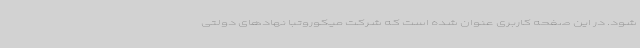
شود. در این صفحه کاربری عنوان شده است که شرکت میکوروتبا نهادهای دولتی